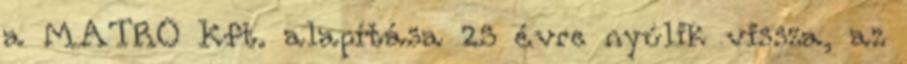
a MATRO Kft. alapítása 25 évre nyúlik vissza, az